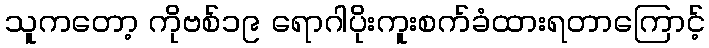
သူကတော့ ကိုဗစ်၁၉ ရောဂါပိုးကူးစက်ခံထားရတာကြောင့်